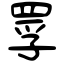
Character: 罦